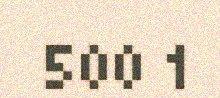
500 1